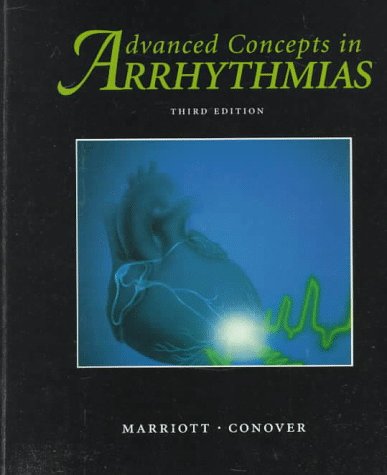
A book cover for Advanced Concepts in Arrhythmias, 3e; Henry J. L. Marriott MD  FACP  FACC; Medical Books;